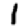
Digit: 1